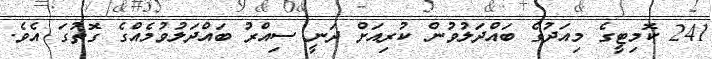
241 ކޮމިޓީގެ މިއަދުގެ ބައްދަލުވުން ކުރިއަށް ދަނީ ސިއްރު ބައްދަލުވުމެއްގެ ގޮތުގަ އެވެ.